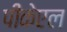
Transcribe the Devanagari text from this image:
पीकेएल